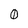
Character: 0